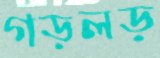
গড়লড়